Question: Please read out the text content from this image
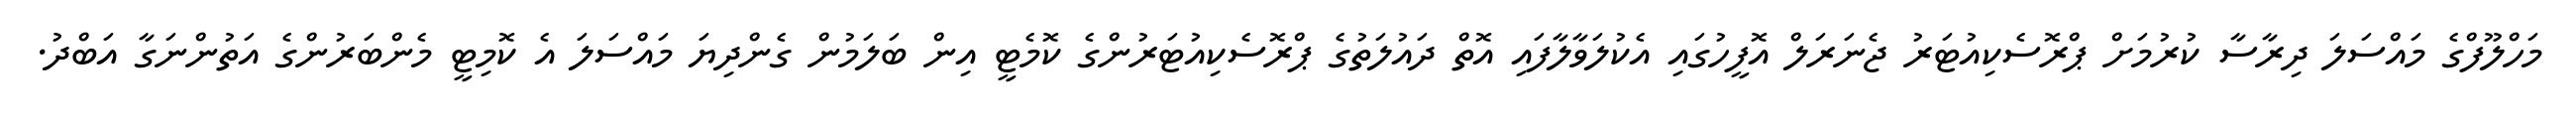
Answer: މަހްލޫފްގެ މައްސަލަ ދިރާސާ ކުރުމަށް ޕްރޮސެކިއުޓަރު ޖެނަރަލް އޮފީހުގައި އެކުލަވާލާފައި އޮތް ދައުލަތުގެ ޕްރޮސެކިއުޓަރުންގެ ކޮމެޓީ އިން ބަލަމުން ގެންދިޔަ މައްސަލަ އެ ކޮމިޓީ މެންބަރުންގެ އަތުންނަގާ އަބްދު.